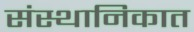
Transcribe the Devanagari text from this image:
संस्थानिकात